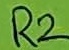
Text: R2